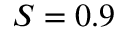
S = 0 . 9